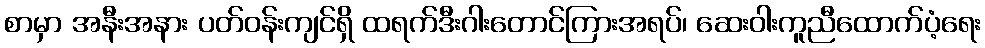
စာမှာ အနီးအနား ပတ်ဝန်းကျင်ရှိ ထရက်ဒီးဂါးတောင်ကြားအရပ်၊ ဆေးဝါးကူညီထောက်ပံ့ရေး